DOW-UAP-D3, Mission Report, Arabian Gulf, 2020
Agency: Department of War
Page 6
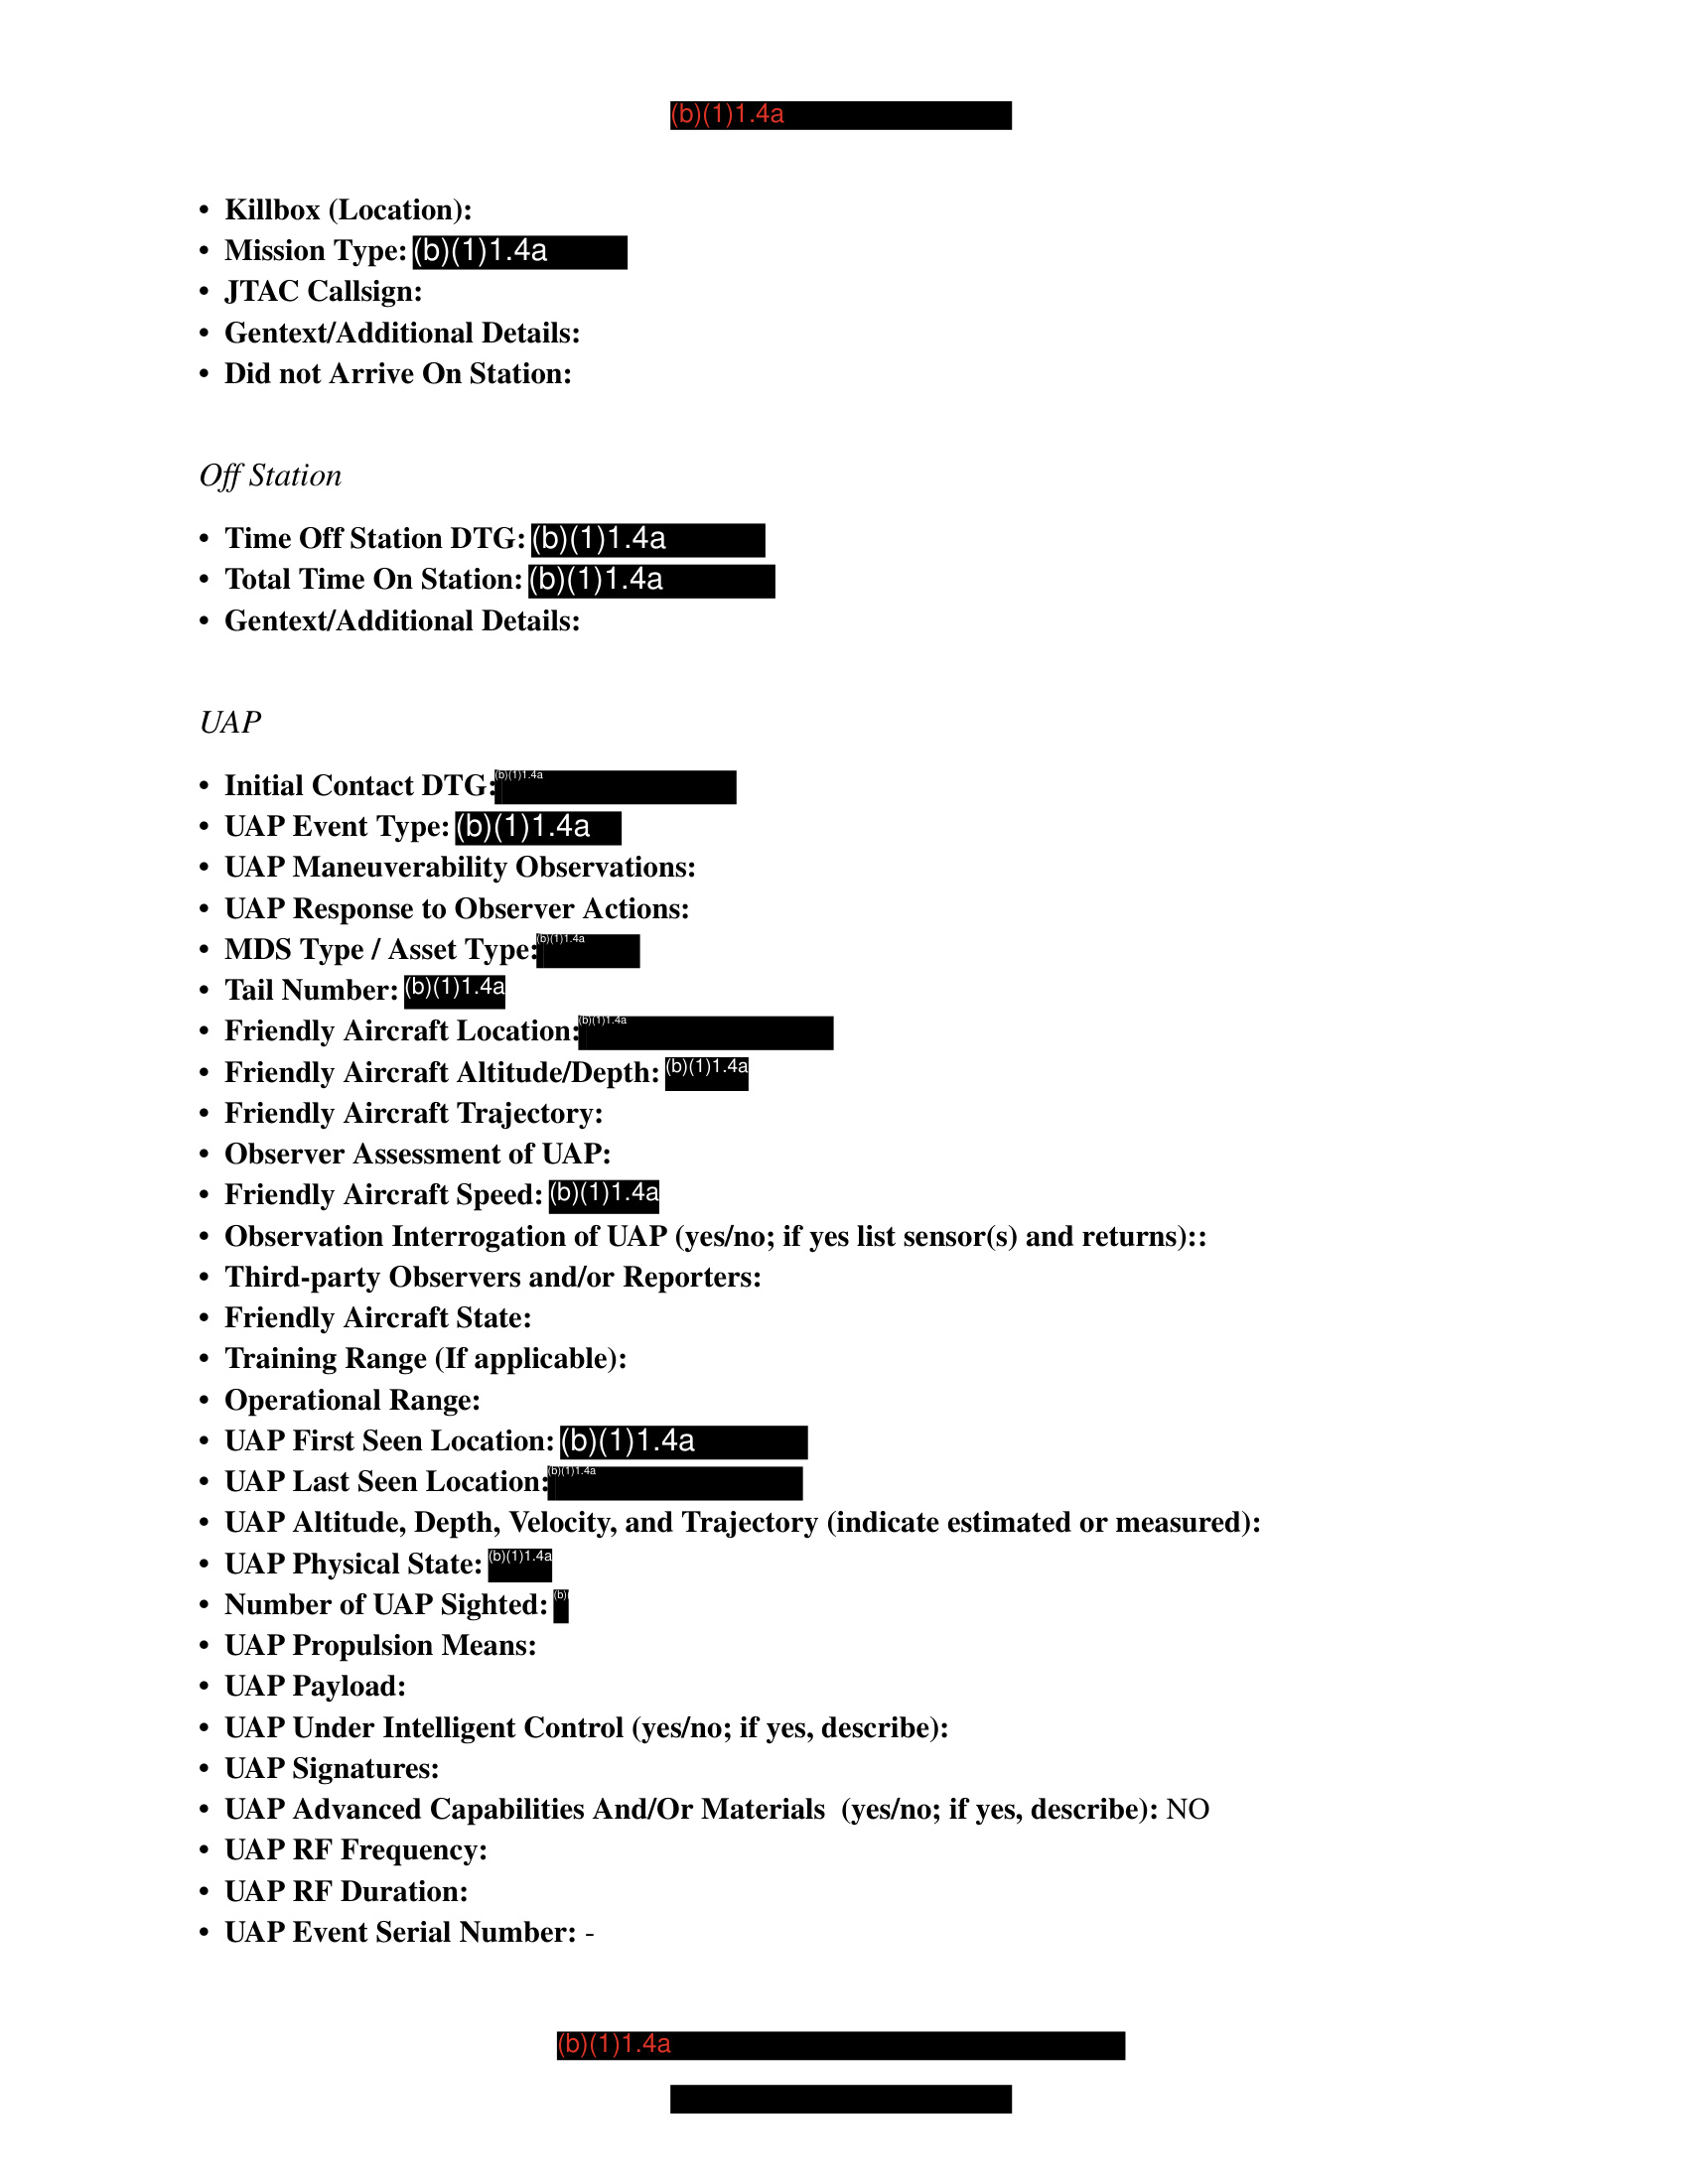